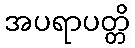
အပရာပတ္တိ